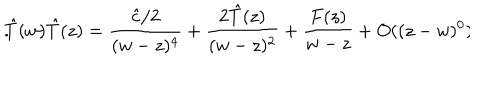
\hat { T } ( w ) \hat { T } ( z ) = \frac { \hat { c } / 2 } { ( w - z ) ^ { 4 } } + \frac { 2 \hat { T } ( z ) } { ( w - z ) ^ { 2 } } + \frac { F ( z ) } { w - z } + O ( ( z - w ) ^ { 0 } ) \hspace { . 3 i n } .